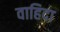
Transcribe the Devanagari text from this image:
वाहिदा